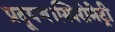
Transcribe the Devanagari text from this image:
प्रदूषण।स्पिरोमेट्री